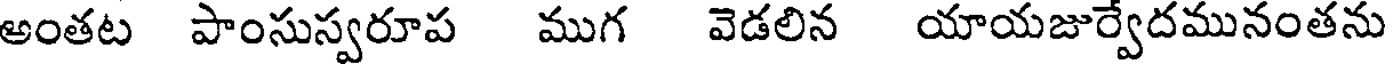
అంతట పాంసుస్వరూప ముగ వెడలిన యాయజుర్వేదమునంతను